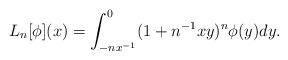
LaTeX: \begin{align*}L_{n}[\phi ](x) = \int_{- nx^{-1}}^{0} (1 + n^{-1}xy)^{n}\phi (y) dy .\end{align*}